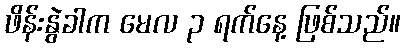
ဖိန်းနွဲခါက မေလ ၃ ရက်နေ့ ဖြစ်သည်။